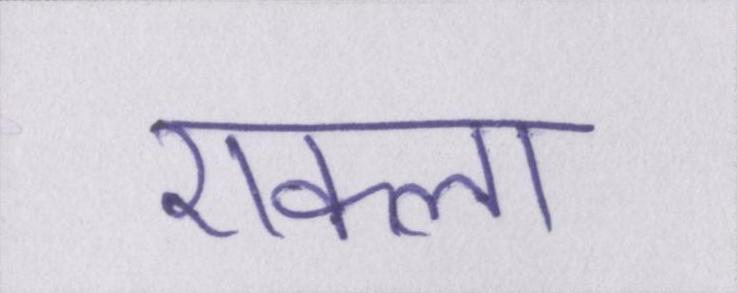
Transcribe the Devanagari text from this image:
एकला